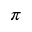
\pi